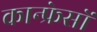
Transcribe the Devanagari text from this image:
कान्फ्रेसों